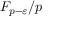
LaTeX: F _ { p - \varepsilon } / p